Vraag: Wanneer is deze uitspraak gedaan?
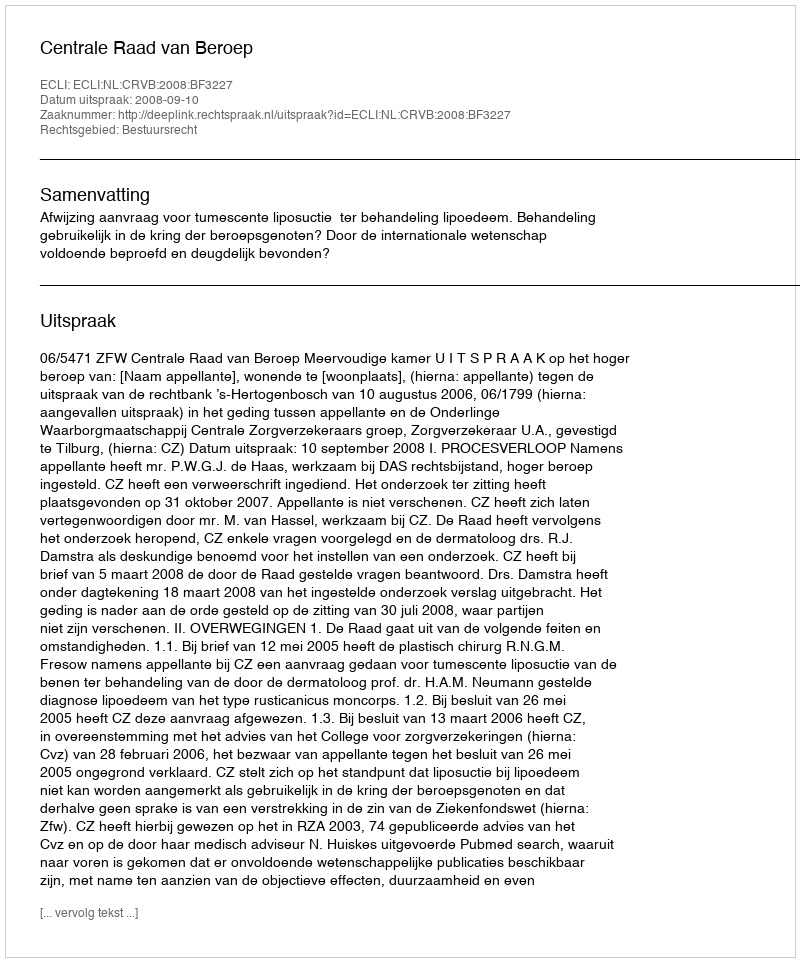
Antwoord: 2008-09-10